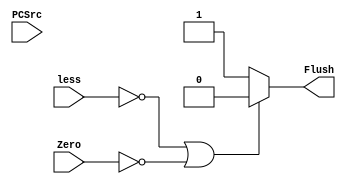
module Flush(
    input Zero,
    input less,
    input[2:0] PCSrc,
    output reg Flush
);

always @ (*)
    begin
        if(less == 0 || Zero == 0)
            Flush <= 1'b0;
        else
            Flush <= 1'b1;
    end

endmodule